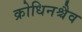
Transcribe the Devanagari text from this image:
क्रोधिनश्चैव